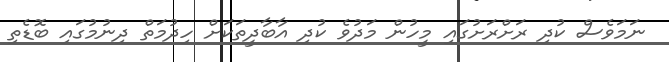
ނަމަވެސް ކުދި ރަށްރަށުގައި މީހުން މަދުވެ ކުދި އާބާދީތަކަށް ހިދުމަތް ދިނުމުގައި ބޮޑެތި